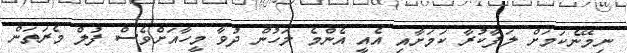
ނިމޭނެކަމަށް ލަފާކުރާ ކަމަށާއި އެއީ އެންމެ ލަހުން ދުވާ މީހާއަށްވެސް ފުލް މެރަތަން